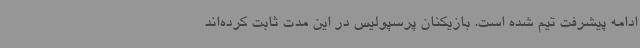
ادامه پیشرفت تیم شده است. بازیکنان پرسپولیس در این مدت ثابت کرده‌اند